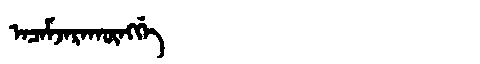
Manchu: ᠠᠴᠠᠮᠵᠠᡵᠠᡴᡡᠩᡤᡝ
Romanization: ACAMJARAKŪNGGE